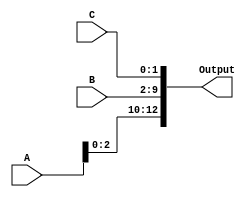
module ConcatenationExample (
    input  wire [3:0] A,  // 4-bit input signal A
    input  wire [7:0] B,  // 8-bit input signal B
    input  wire [1:0] C,  // 2-bit input signal C
    output wire [12:0] Output // 12-bit output signal
);

// Continuous assignment for concatenation
assign Output = {A, B, C}; // Concatenate A, B, and C

endmodule